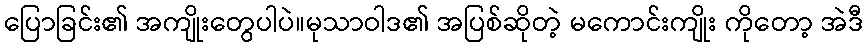
ပြောခြင်း၏ အကျိုးတွေပါပဲ။မုသာဝါဒ၏ အပြစ်ဆိုတဲ့ မကောင်းကျိုး ကိုတော့ အဲဒီ